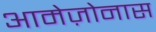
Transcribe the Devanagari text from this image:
आमेज़ोनास